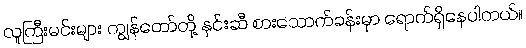
လူကြီးမင်းများ ကျွန်တော်တို့ နှင်းဆီ စားသောက်ခန်းမှာ ရောက်ရှိနေပါတယ်။